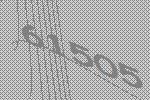
61505